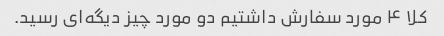
کلا ۴ مورد سفارش داشتیم دو مورد چیز دیگه‌ای رسید.